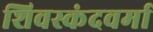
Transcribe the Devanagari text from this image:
शिवस्कंदवर्मा